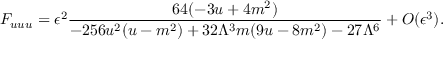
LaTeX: F _ { u u u } = { { \epsilon ^ { 2 } } } \frac { 6 4 ( - 3 u + 4 m ^ { 2 } ) } { - 2 5 6 u ^ { 2 } ( u - m ^ { 2 } ) + 3 2 \Lambda ^ { 3 } m ( 9 u - 8 m ^ { 2 } ) - 2 7 \Lambda ^ { 6 } } + { \cal O } ( \epsilon ^ { 3 } ) .